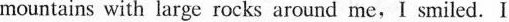
mountains with large rocks around me,I smiled. I